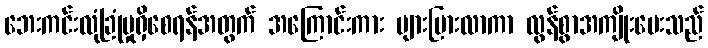
ဘေးကင်းလုံခြုံမှုရှိစေရန်အတွက် အကြောင်းကား များပြားလာကာ လွန်စွာအကျိုးပေးသည်